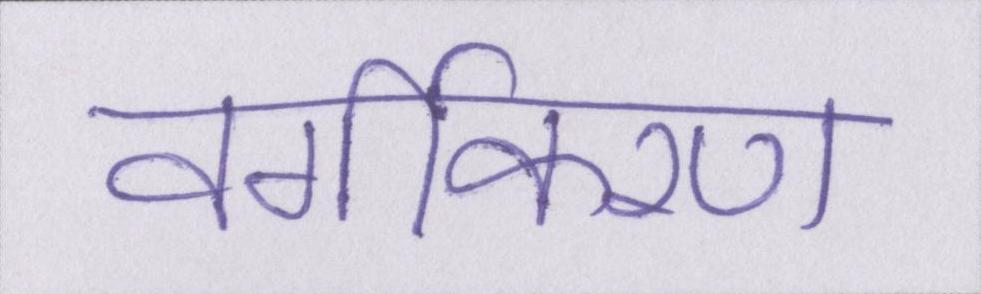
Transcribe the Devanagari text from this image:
वर्गीकरण